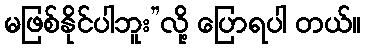
မဖြစ်နိုင်ပါဘူး”လို့ ပြောရပါ တယ်။